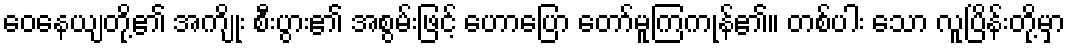
ဝေနေယျတို့၏ အကျိုး စီးပွား၏ အစွမ်းဖြင့် ဟောပြော တော်မူကြကုန်၏။ တစ်ပါး သော လူပြိန်းတို့မှာ